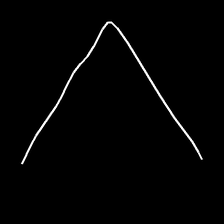
Glyph: region